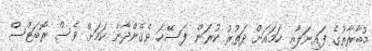
މުބާރާތުގެ ފައިނަލާއި ހަމައަށް ދަތުރު ކުރަން ފަސޭހަ ވެގެންދާނެ ކަމަށް ވެސް ރޮބަޓްސް